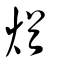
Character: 煪